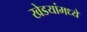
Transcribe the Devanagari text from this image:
खेडयांमध्ये